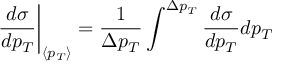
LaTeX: \left. \frac { d \sigma } { d p _ { T } } \right| _ { \langle p _ { T } \rangle } = \frac { 1 } { \Delta p _ { T } } \int ^ { \Delta p _ { T } } { \frac { d \sigma } { d p _ { T } } } d p _ { T }